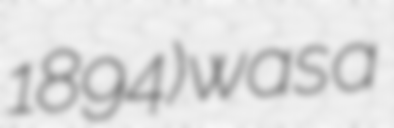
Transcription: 1894) was a